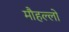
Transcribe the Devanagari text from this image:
मौहल्लो